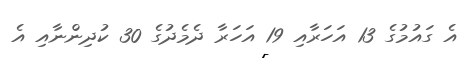
އެ ގައުމުގެ 13 އަހަރާއި 19 އަހަރާ ދެމެދުގެ 30 ކުދިންނާއި އެ